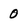
Character: 0